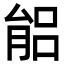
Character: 𦝕